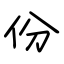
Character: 份